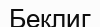
Беклиг